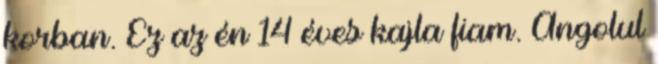
korban. Ez az én 14 éves kajla fiam. Angolul